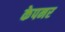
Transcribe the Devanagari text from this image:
केपनर